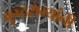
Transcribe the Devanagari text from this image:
कुष्ठरोग्यांनी